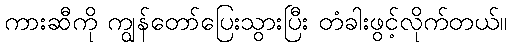
ကားဆီကို ကျွန်တော်ပြေးသွားပြီး တံခါးဖွင့်လိုက်တယ်။